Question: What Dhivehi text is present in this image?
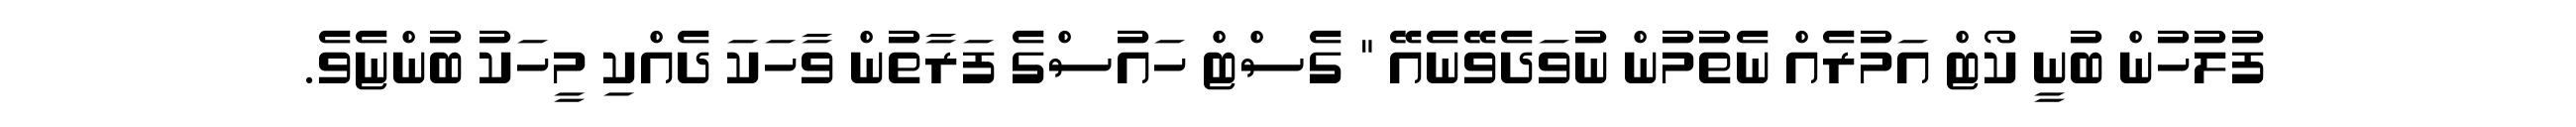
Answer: ފުލުހުން ބުނީ ކޯޓް އަމުރެއް ނެތުމުން ނުވަދެވޭނެއޭ " ގެސްޓް ހައުސްގެ ފަރާތުން ވާހަކަ ދެއްކި މީހަކު ބުންޏެވެ.